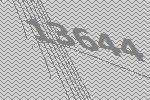
13644